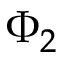
\Phi _ { 2 }